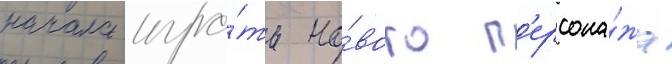
начала игра́ть но́вого п'ерсона́жа